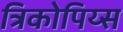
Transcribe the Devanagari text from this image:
त्रिकोपिय्स